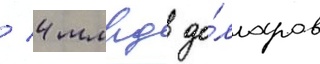
/ 4 млрд до́лларов